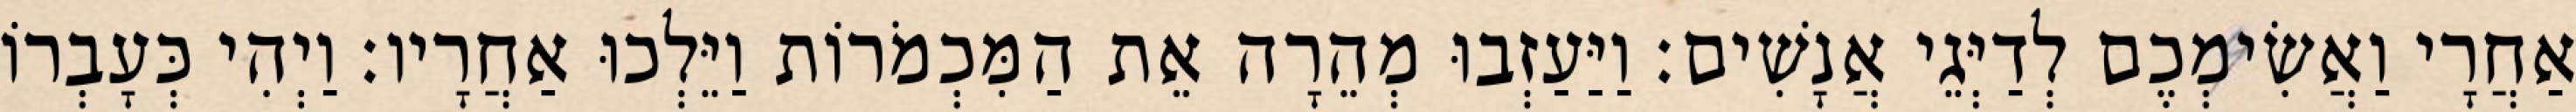
אַחֲרָי וַאֲשִׂימְכֶם לְדַיְּגֵי אֲנָשִׁים׃ וַיַּעַזְבוּ מְהֵרָה אֵת הַמִּכְמֹרוֹת וַיֵּלְכוּ אַחֲרָיו׃ וַיְהִי כְּעָבְרוֹ